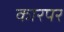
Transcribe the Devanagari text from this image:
कारपर